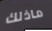
ماذلك